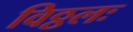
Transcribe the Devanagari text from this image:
विठ्ठलः